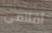
أفلامي